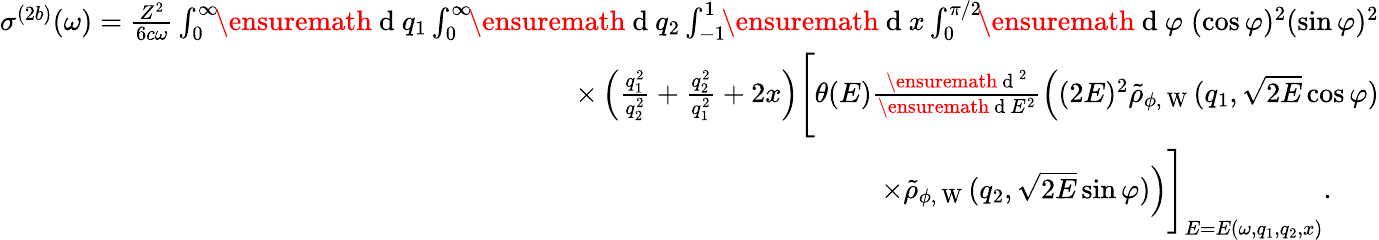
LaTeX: \begin{array}{r}{\sigma^{(2b)}(\omega)=\frac{Z^{2}}{6c\omega}\int_{0}^{\infty}\! \! \ensuremath{\mathrm{~d~}}q_{1}\int_{0}^{\infty}\! \! \ensuremath{\mathrm{~d~}}q_{2}\int_{-1}^{1}\! \! \ensuremath{\mathrm{~d~}}x\int_{0}^{\pi/2}\! \! \ensuremath{\mathrm{~d~}}\varphi\; (\cos\varphi)^{2}(\sin\varphi)^{2}}\\ {\times\left(\frac{q_{1}^{2}}{q_{2}^{2}}+\frac{q_{2}^{2}}{q_{1}^{2}}+2x\right)\Biggl[\theta(E)\frac{\ensuremath{\mathrm{~d~}}^{2}}{\ensuremath{\mathrm{~d~}}E^{2}}\Bigl((2E)^{2}\tilde{\rho}_{\phi,\mathrm{~W~}}(q_{1},\sqrt{2E}\cos\varphi)}\\ {\times\tilde{\rho}_{\phi,\mathrm{~W~}}(q_{2},\sqrt{2E}\sin\varphi)\Bigl)\Biggl]_{E=E(\omega,q_{1},q_{2},x)}.\; \; \; \; \; \; }\end{array}